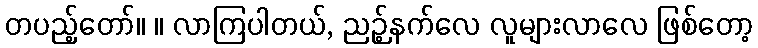
တပည့်တော်။ ။ လာကြပါတယ်, ညဉ့်နက်လေ လူများလာလေ ဖြစ်တော့